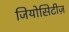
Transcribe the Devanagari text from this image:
जियोसिटीज़